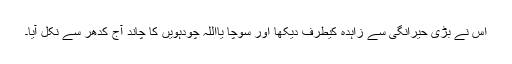
اس نے بڑی حیرانگی سے زاہدہ کیطرف دیکھا اور سوچا یااللہ چودہویں کا چاند آج کدھر سے نکل آیا۔